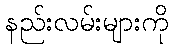
နည်းလမ်းများကို